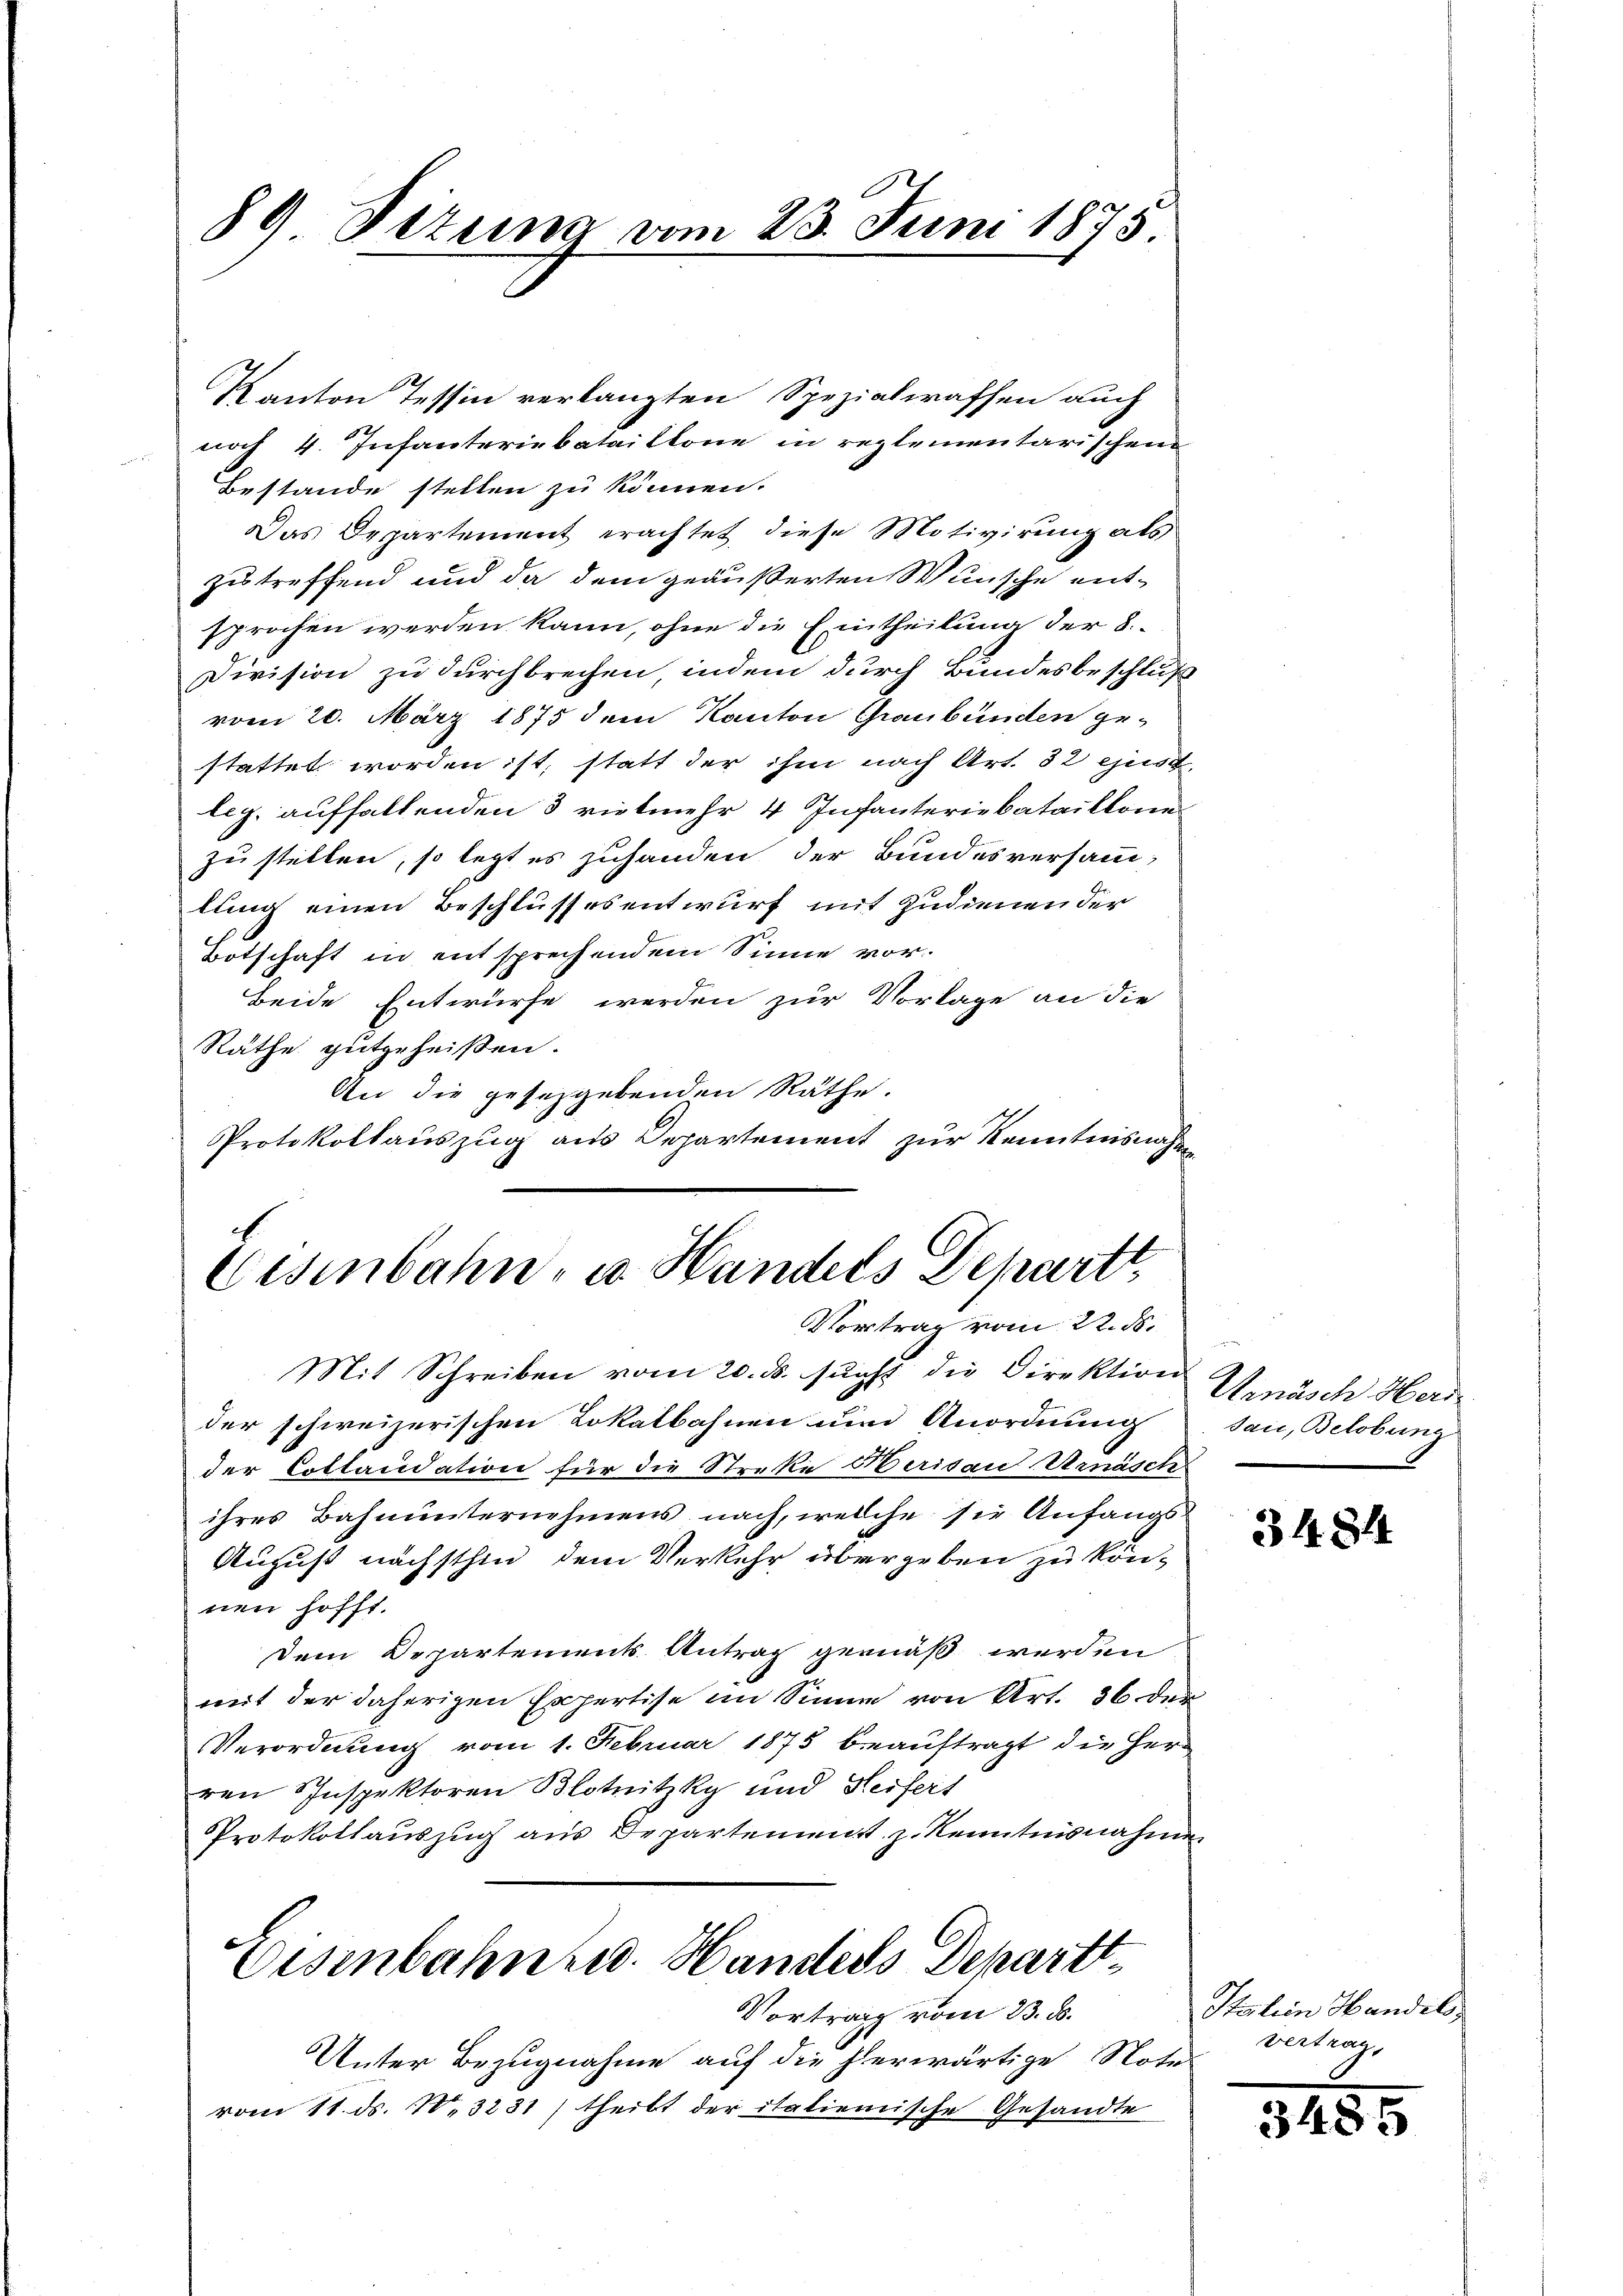
89 Sizung vom 23. Juni 1875

Kanton Tessin verlangten Spezialwaffen auch
noch 4. Infanteriebataillone in reglementarischen
Bestande stellen zu können.
Das Departement erachtet, diese Motivirung als
zutreffend und da dem geäußerten Wünsche entsprochen werden kann, ohne die Eintheilung der 8.
Division zu durchbrechen, indem durch Bundesbeschluß
vom 20. März 1875 dem Kanton Graubünden ge-
stattet worden ist, statt der ihm nach Art. 32 ejusd.
leg, auffallenden 3 vielmehr 4 Infanteriebataillone
zu stellen, so legt es zuhanden der Bundesversamm-
lung einen Beschlussesentwurf mit zudienen der
Botschaft in entsprechendem Sinne vor¬
Beide Entwürfe werden zur Vorlage an die
Räthe gutgeheißen.
An die gesezgebenden Räthe.
Protokollauszug aus Departement zur Kenntnisnahme

Eisenbahn, u. Handels Depart,
Vortrag vom 22. ds.

Mit Schreiben vom 20. ds. sunst die Direktion Wrnäsch Herider schweizerischen Lokalbahnen um Anordnung
der Collaudation für die Streke Heridau Urnäsch
ihres Bahnunternehmens nach, welche sie Anfangs¬
August nächsthin dem Verkehr übergeben zu kön-
nen hofft.
Dem Departements Antrag gemäß werden
mit der daherigen Expertise im Sinne von Art. 36 der
Verordnung vom 1. Februar 1875 beauftragt die Herr
ren Inspektoren Blotnitzky und Heifert
Protokollauszug aus Departement z. Kenntnisnahme
Eisenbahn u. Handels Departt¬
Vortrag vom 23. d.
Unter Bezugnahme auf die herwärtige Note
vom 11. ds. N. 3231) theilt der italienische Gesandte

dau, Belobung

3484

Italien Handels,
vertrag,

3455